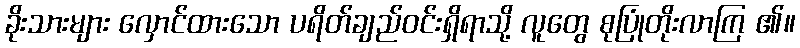
ခိုးသားများ လှောင်ထားသော ပရိတ်ချည်ဝင်းရှိရာသို့ လူတွေ စုပြုံတိုးလာကြ ၏။